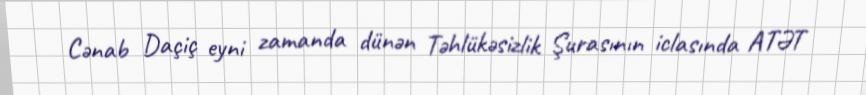
Cənab Daçiç eyni zamanda dünən Təhlükəsizlik Şurasının iclasında ATƏT